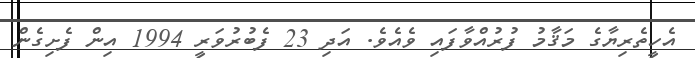
އެހީތެރިޔާގެ މަޤާމު ފުރުއްވާފައި ވެއެވެ. އަދި 23 ފެބުރުވަރީ 1994 އިން ފެށިގެން